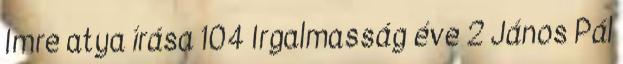
Imre atya írása 104 Irgalmasság éve 2 János Pál